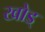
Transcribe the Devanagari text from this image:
खोड्